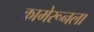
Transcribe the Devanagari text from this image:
कामेरूनला